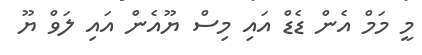
މީ މަމް އެން ޑެޑް އައި މިސް ޔޫއެން އައި ލަވް ޔޫ